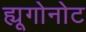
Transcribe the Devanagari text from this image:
ह्यूगोनोट